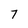
Character: 7